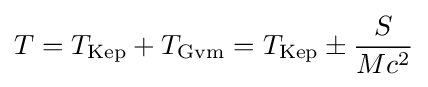
T=T_{\rm {Kep}}+T_{\rm {Gvm}}=T_{\rm {Kep}}\pm {\frac {S}{Mc^{2}}}